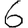
Digit: 6